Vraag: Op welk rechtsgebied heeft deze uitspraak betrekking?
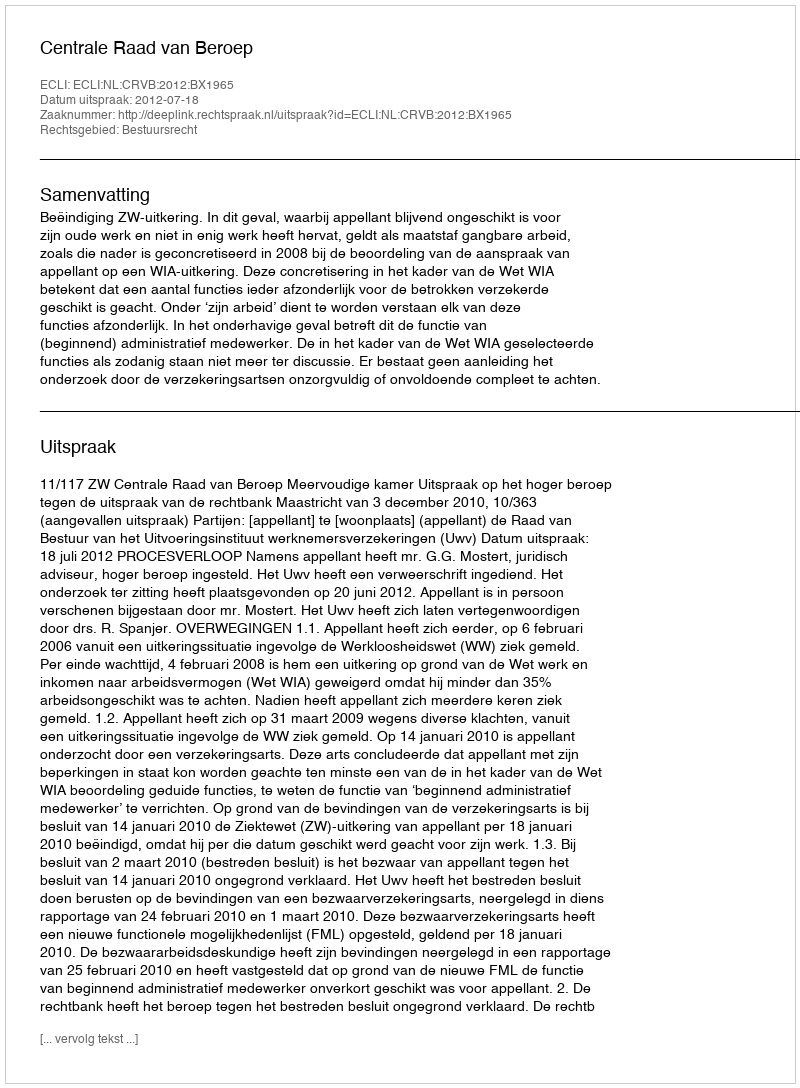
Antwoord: Bestuursrecht